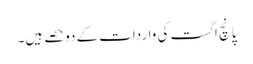
پانچ اگست کی واردات کے دوحصے ہیں۔